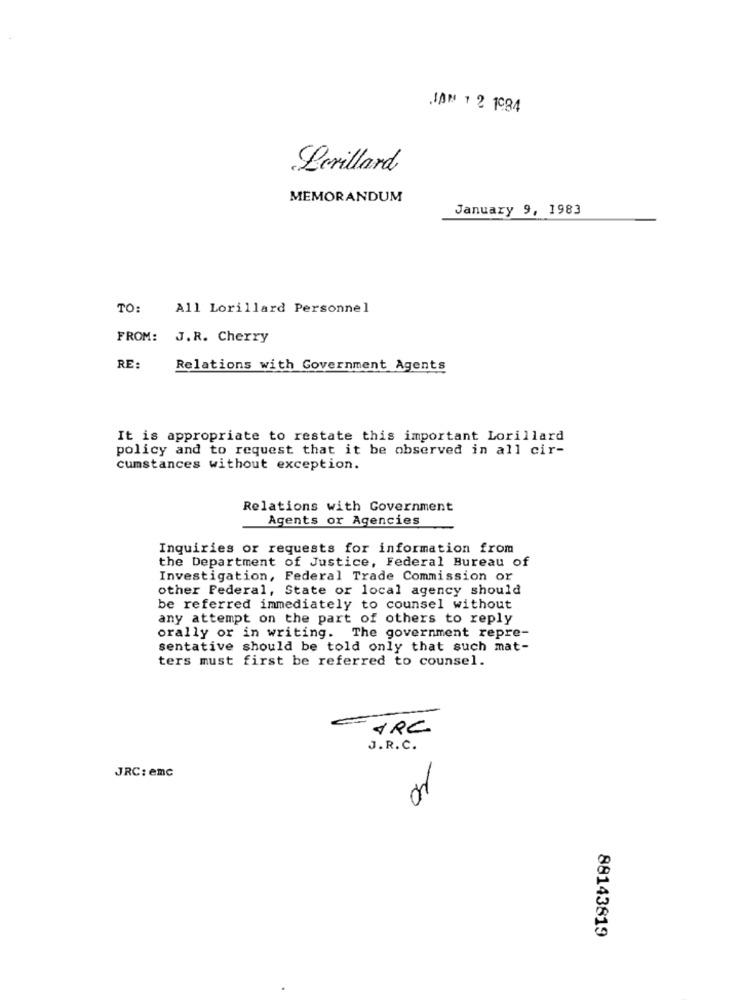
JAN 1 2 1984
Lorillard
MEMORANDUM
January 9, 1983
TO:
All Lorillard Personnel
FROM: J.R. Cherry
RE:
Relations with Government Agents
It is appropriate to restate this important Lorillard
policy and to request that it be observed in all cir-
cumstances without exception.
Relations with Government
Agents or Agencies
Inquiries or requests for information from
the Department of Justice, Federal Bureau of
Investigation, Federal Trade Commission or
other Federal, State or local agency should
be referred immediately to counsel without
any attempt on the part of others to reply
orally or in writing. The government repre-
sentative should be told only that such mat-
ters must first be referred to counsel.
4RC
J.R.C.
JRC: emc
or
88143819